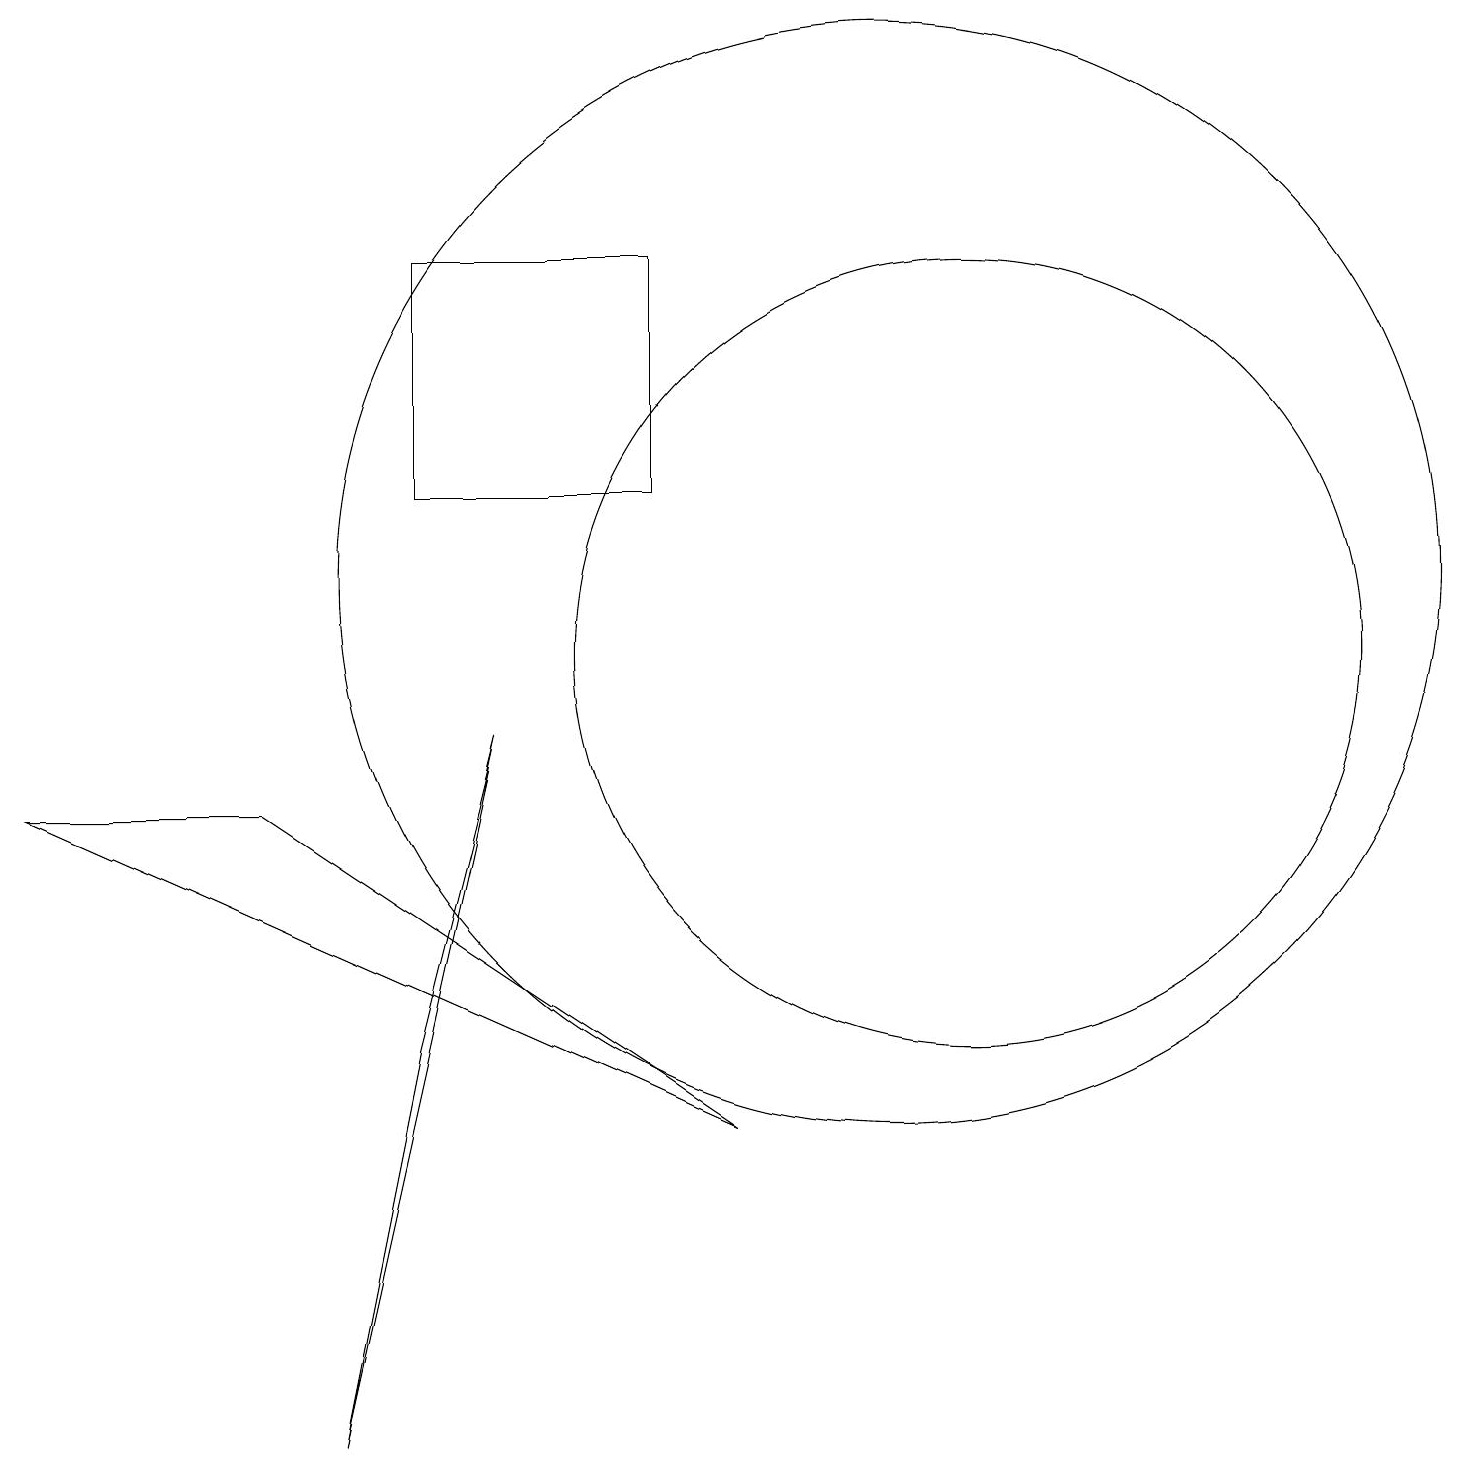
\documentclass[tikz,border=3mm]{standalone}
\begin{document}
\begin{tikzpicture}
\draw (12,10) circle (5);
\draw (3,8) -- (0,8) -- (9,4) -- cycle;
\draw (5,12) rectangle (8,15);
\draw (5,5) -- (4,0) -- (6,9) -- cycle;
\draw (11,11) circle (7);
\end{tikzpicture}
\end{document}